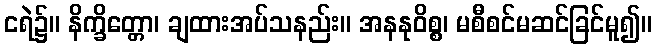
ငရဲ၌။ နိက္ခိတ္တော၊ ချထားအပ်သနည်း။ အနနုဝိစ္စ၊ မစီစင်မဆင်ခြင်မူ၍။